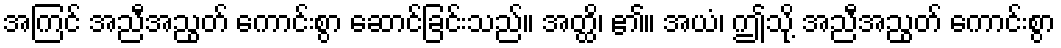
အကြင် အညီအညွတ် ကောင်းစွာ ဆောင်ခြင်းသည်။ အတ္ထိ၊ ၏။ အယံ၊ ဤသို့ အညီအညွတ် ကောင်းစွာ